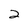
Character: 2